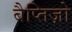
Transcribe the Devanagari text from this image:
बैप्तिज़ो